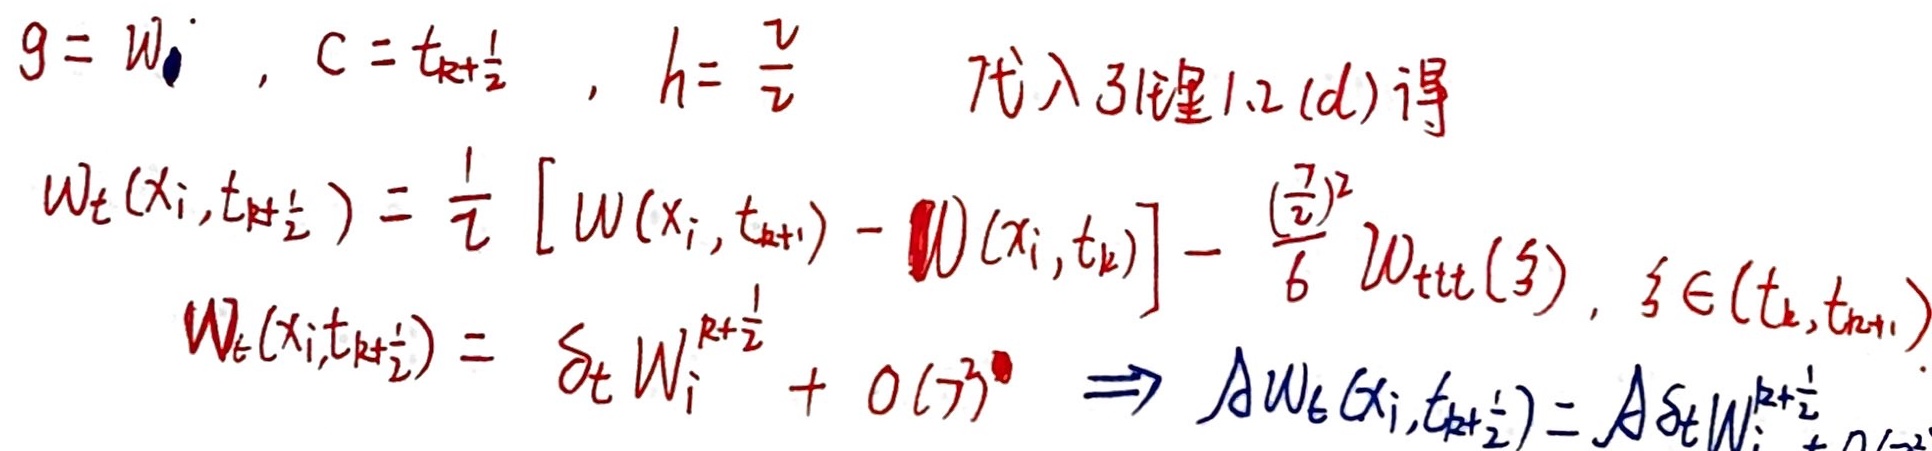
\[
\begin{align*}
g&= w, \quad c = t_{k+\frac{1}{2}}, \quad h=\frac{\tau}{2}\\
\text{代入引理1.2(d)得}\\
W_t(x_i,t_{k+\frac{1}{2}})&=\frac{1}{\tau}\left[W(x_i,t_{k + 1})-W(x_i,t_k)\right]-\frac{(\frac{\tau}{2})^2}{6}W_{ttt}(\xi),\quad \xi\in(t_k,t_{k + 1})\\
W_t(x_i,t_{k+\frac{1}{2}})&=\delta_t W_i^{k+\frac{1}{2}}+O(\tau^3)\Rightarrow AW_t(x_i,t_{k+\frac{1}{2}})=A\delta_t W_i^{k+\frac{1}{2}}
\end{align*}
\]